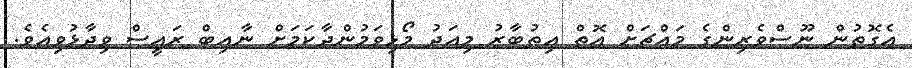
އެގޮތުން ނޫސްވެރިންގެ މައްޗަށް އޮތް އިތުބާރު މިއަދު މޯޅިވަމުންދާކަމަށް ނާއިބް ރައީސް ވިދާޅުވިއެވެ.